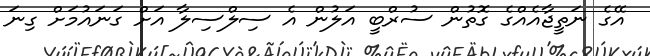
އޭގެ ނަތީޖާއެއްގެ ގޮތުން ސުރްބީ އަލުން އެ ސިލްސިލާ އަށް ގަނައުމަށް ގިނަ